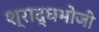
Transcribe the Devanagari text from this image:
श्राद्धभोजी